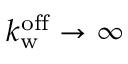
k _ { \mathrm { w } } ^ { \mathrm { o f f } } \rightarrow \infty